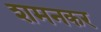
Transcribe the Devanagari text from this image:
शमनकर